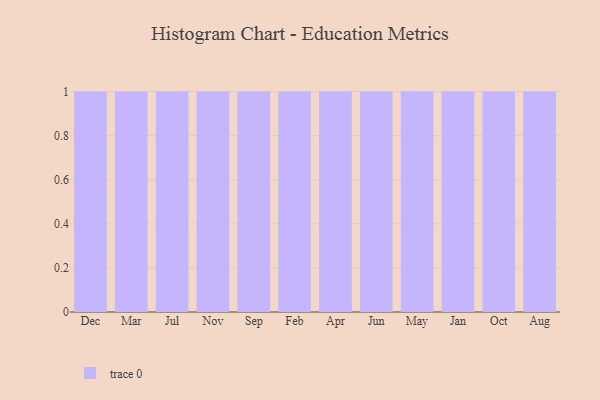
{"axis": {"x": "Month", "y": "Waste Production (Tons)"}, "legend": [""], "data": [{"x": "Dec", "y": 40, "type": ""}, {"x": "Mar", "y": 15, "type": ""}, {"x": "Jul", "y": 99, "type": ""}, {"x": "Nov", "y": 94, "type": ""}, {"x": "Sep", "y": 76, "type": ""}, {"x": "Feb", "y": 66, "type": ""}, {"x": "Apr", "y": 93, "type": ""}, {"x": "Jun", "y": 49, "type": ""}, {"x": "May", "y": 37, "type": ""}, {"x": "Jan", "y": 72, "type": ""}, {"x": "Oct", "y": 83, "type": ""}, {"x": "Aug", "y": 51, "type": ""}]}